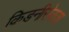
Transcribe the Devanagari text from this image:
किङनीसेकश